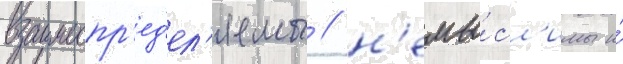
взаимоопр'ед'ел'яемы / н'емы́сл'имы и́